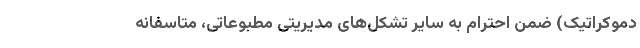
دموکراتیک) ضمن احترام به سایر تشکل‌های مدیریتی مطبوعاتی، متاسفانه